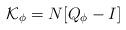
LaTeX: \begin{align*}\mathcal{K}_{\phi}=N[Q_{\phi}-I]\end{align*}